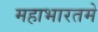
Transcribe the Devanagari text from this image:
महाभारतमे